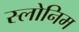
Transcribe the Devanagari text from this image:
स्लोनिम